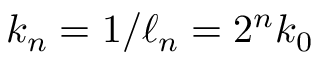
k _ { n } = 1 / \ell _ { n } = 2 ^ { n } k _ { 0 }